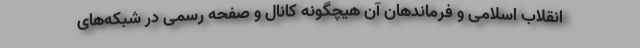
انقلاب اسلامی و فرماندهان آن هیچگونه کانال و صفحه رسمی در شبکه‌های